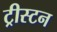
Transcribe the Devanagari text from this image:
ट्रीस्टन